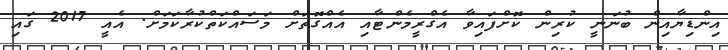
އިންޑިޔާއިން ބުނަނީ ކުރިން ކޮށްފައިވާ އެގްރީމެންޓާއި އެއްގޮތަށް މަސައްކަތްކުރާކަމަށް. އެއީ 2017 ގައި